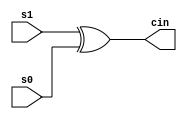
`timescale 10ns / 10ps
module Carry(s1,s0,cin);
	input s1, s0;
	output cin;
	assign #1 cin = (s1 ^s0);
endmodule